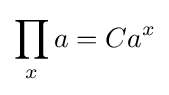
\prod _{x}a=Ca^{x}